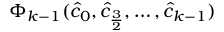
\Phi _ { k - 1 } ( \hat { c } _ { 0 } , \hat { c } _ { \frac { 3 } { 2 } } , \ldots , \hat { c } _ { k - 1 } )